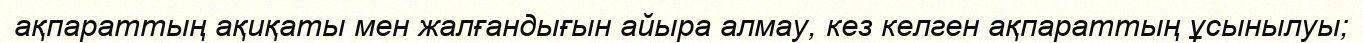
ақпараттың ақиқаты мен жалғандығын айыра алмау, кез келген ақпараттың ұсынылуы;